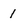
Character: 1